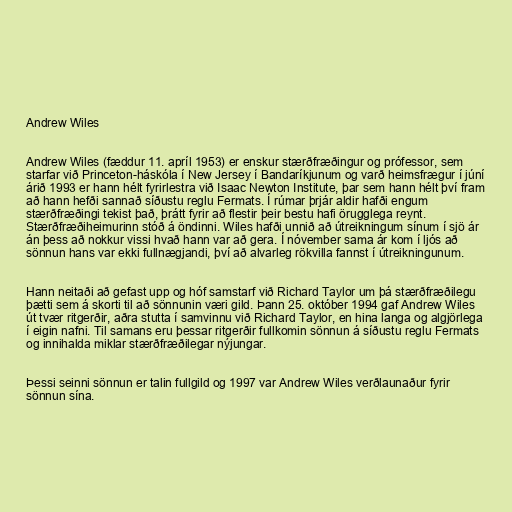
Andrew Wiles

Andrew Wiles (fæddur 11. apríl 1953) er enskur stærðfræðingur og prófessor, sem
starfar við Princeton-háskóla í New Jersey í Bandaríkjunum og varð heimsfrægur í júní
árið 1993 er hann hélt fyrirlestra við Isaac Newton Institute, þar sem hann hélt því fram
að hann hefði sannað síðustu reglu Fermats. Í rúmar þrjár aldir hafði engum
stærðfræðingi tekist það, þrátt fyrir að flestir þeir bestu hafi örugglega reynt.
Stærðfræðiheimurinn stóð á öndinni. Wiles hafði unnið að útreikningum sínum í sjö ár
án þess að nokkur vissi hvað hann var að gera. Í nóvember sama ár kom í ljós að
sönnun hans var ekki fullnægjandi, því að alvarleg rökvilla fannst í útreikningunum.

Hann neitaði að gefast upp og hóf samstarf við Richard Taylor um þá stærðfræðilegu
þætti sem á skorti til að sönnunin væri gild. Þann 25. október 1994 gaf Andrew Wiles
út tvær ritgerðir, aðra stutta í samvinnu við Richard Taylor, en hina langa og algjörlega
í eigin nafni. Til samans eru þessar ritgerðir fullkomin sönnun á síðustu reglu Fermats
og innihalda miklar stærðfræðilegar nýjungar.

Þessi seinni sönnun er talin fullgild og 1997 var Andrew Wiles verðlaunaður fyrir
sönnun sína.